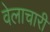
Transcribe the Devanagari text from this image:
वेलाचारी